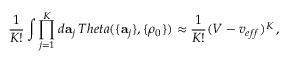
\frac { 1 } { K ! } \int \prod _ { j = 1 } ^ { K } d { \bf a } _ { j } \, T h e t a ( \{ { \bf a } _ { j } \} , \{ \rho _ { 0 } \} ) \approx \frac { 1 } { K ! } ( V - v _ { e f f } ) ^ { K } \, ,